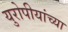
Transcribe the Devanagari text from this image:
युरोपीयांच्या